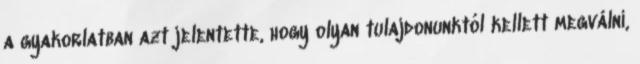
a gyakorlatban azt jelentette, hogy olyan tulajdonunktól kellett megválni,